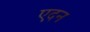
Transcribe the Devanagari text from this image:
एदन